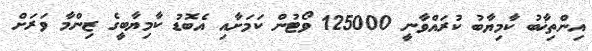
އިންތިޚާބު ކާމިޔާބު ކުރައްވާނީ 125000 ވޯޓުން ކަމަށާއި އެބޮޑު ކާމިޔާބީގެ ޒިންމާ ވަރަށް